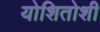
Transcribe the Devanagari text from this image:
योशितोशी